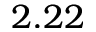
2 . 2 2